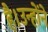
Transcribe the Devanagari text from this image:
है।उन्होंने